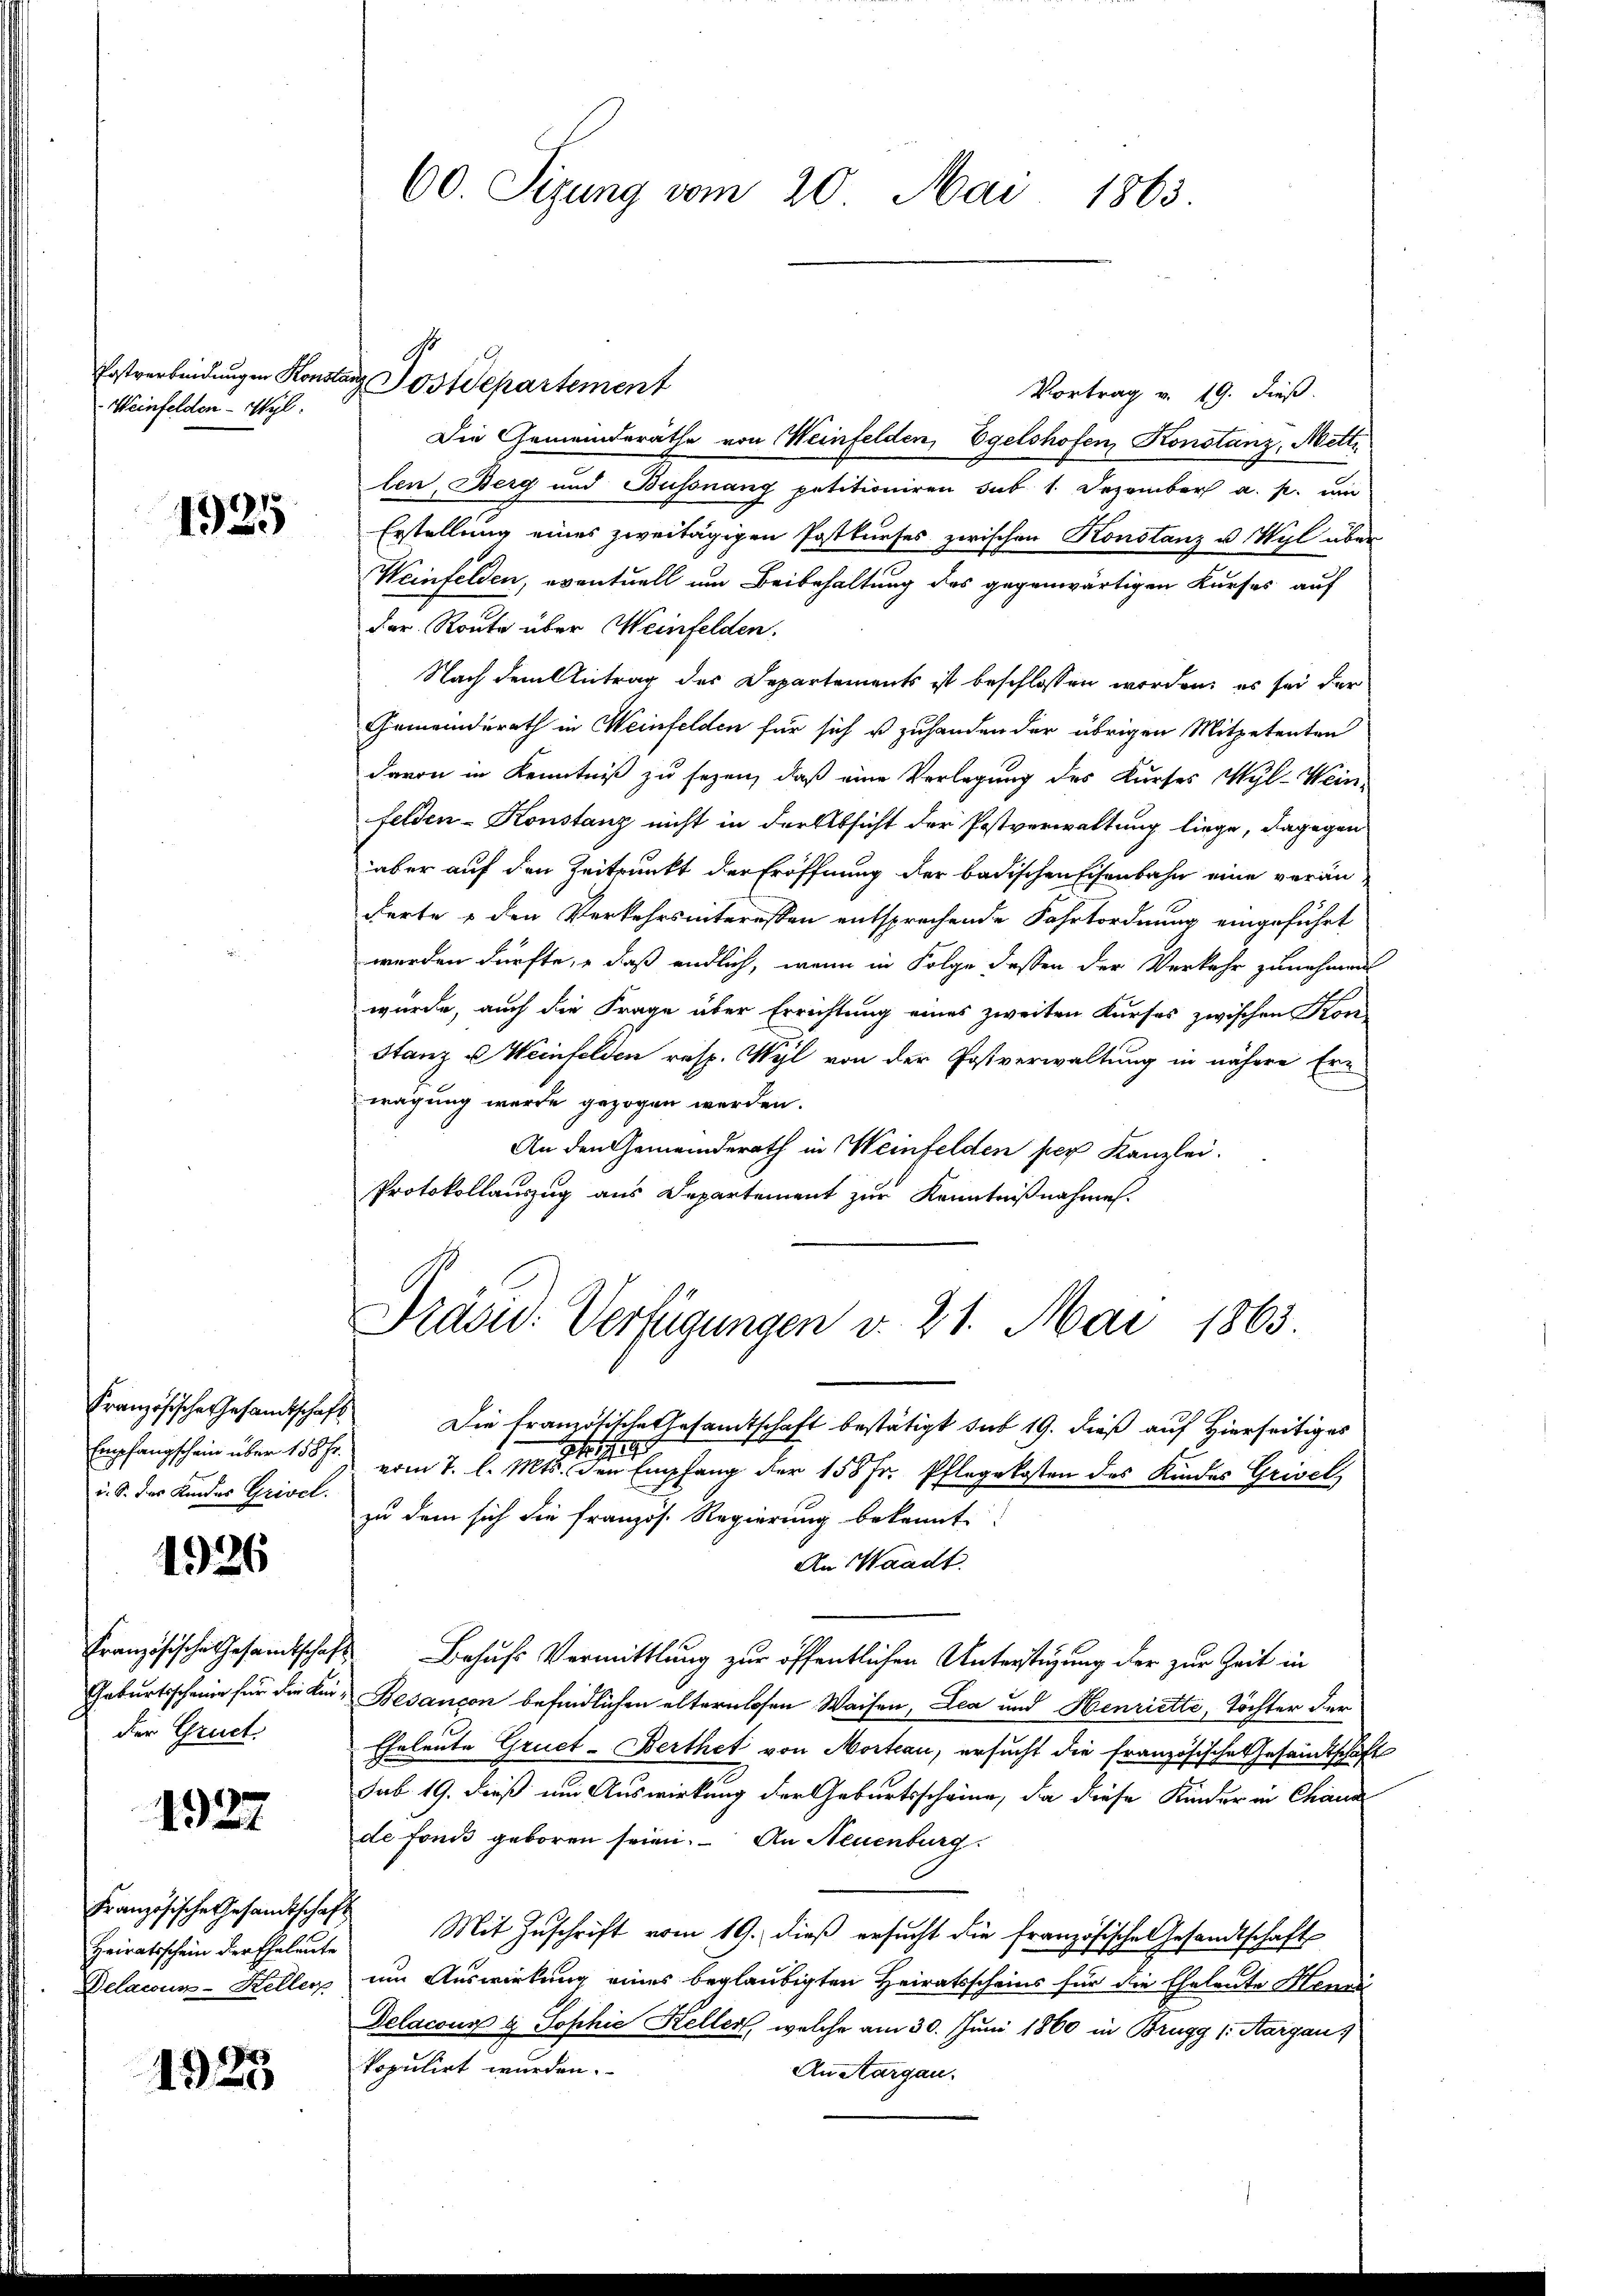
Weinfelden - Wyl.

1925

Empfangschein über 158 Fr.
u. S. des Kindes Grivel.

1926

Geburtsscheine für die ein
der Gruct

1927

Heiratsschein der Eheleute
Delacur-Keller

1923

60. Sizung vom 20. Mai 1863.

Vortrag v. 19. dieß.
Die Gemeinderäthe von Weinfelden, Egelshofen, Konstanz, Mette
len, Berg und Bussnang petitioniren sub 1. Dezember a. p. ein
Erstellung eines zweitägigen Postkurses zwischen Konstanz u Wyl über
Weinfelden, eventuell um Beibehaltung des gegenwärtigen Kurses auf
der Route über Weinfelden.
Nach dem Antrag des Departements ist beschlossen worden, es sei der
Gemeinderath in Weinfelden für sich ist zuhanden der übrigen Mitpetenten
davon in Kenntniß zu sezen, daß eine Verlegung des Kurses Wyl-Wein-
felden-Konstanz nicht in der Absicht der Postverwaltung liege, dagegen
aber auf den Zeitpunkt der Eröffnung der badischen Eisenbahn eine veränderte u den Verkehrsinteressen entsprechende Fahrtordnung eingeführt
werden dürfte, e daß endlich, wenn in Folge dessen der Verkehr zunehmen
würde, auch die Frage über Errichtung eines zweiten Kurses zwischen Kon-
Stanz u Weinfelden resp. Wyl von der Postverwaltung in nähere Erwägung wurde gezogen werden.
An den Gemeinderath in Weinfelden per Kanzlei.
Protokollauszug aus Departement zur Kenntnißnahme.

Erstverbindungen Konstanz Postdepartement

Präsid. Verfügungen v. 21. Mai 1863.

Französische Gesamtschaft die französische Gesamtschaft bestätigt sub 19. dieß auf hierseitiges
111
vom 7. l. Mts. den Empfang der 155 Fr. Pflegekosten des Kindes Grivel
zu dem sich die französ. Regierung bekannt
An Waadt.
Französische Gesamtschafts Behufs Vermittlung zur öffentlichen Unterstüzung der zur Zeit in
Besançon befindlichen elternlosen Waisen, Lea und Henriette, Töchter der
Eheleute Gruet-Berthet von Morteau, ersucht die französische Gesandtschaft
sub. 19. dieß um Auswirkung der Geburtsscheine, da diese Kinder in Chaus
de fonds geboren seien. – An Neuenburg
Französische Gesandtschaft Mit Zuschrift vom 19. dieß ersucht die französische Gesandtschaft
um Auswirkung eines beglaubigten Heiratsscheins für die Eheleute Mens
Delacona u Sophie Keller, welche am 30. Juni 1860 in Brugg (Aargau,
kopulirt wurden.
An Aargau,